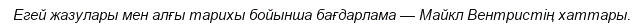
Егей жазулары мен алғы тарихы бойынша бағдарлама — Майкл Вентристің хаттары.